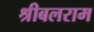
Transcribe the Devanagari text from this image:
श्रीबलराम